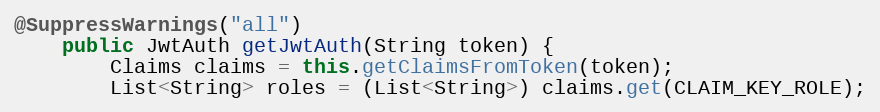
Language: Java
@SuppressWarnings("all")
    public JwtAuth getJwtAuth(String token) {
        Claims claims = this.getClaimsFromToken(token);
        List<String> roles = (List<String>) claims.get(CLAIM_KEY_ROLE);